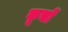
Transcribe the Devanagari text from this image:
कूचों